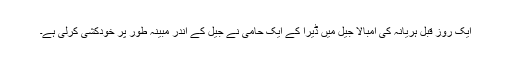
ایک روز قبل ہریانہ کی امبالا جیل میں ڈیرا کے ایک حامی نے جیل کے اندر مبینہ طور پر خودکشی کرلی ہے۔